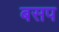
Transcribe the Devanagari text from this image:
बसप